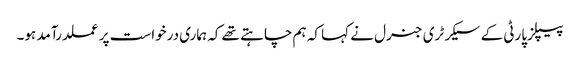
پیپلزپارٹی کے سیکرٹری جنرل نے کہا کہ ہم چاہتے تھے کہ ہماری درخواست پر عملدرآمد ہو۔